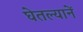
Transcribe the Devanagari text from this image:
घेतल्यानें